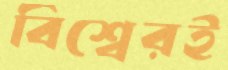
বিশ্বেরই